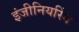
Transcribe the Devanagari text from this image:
इंजीनियरिंग